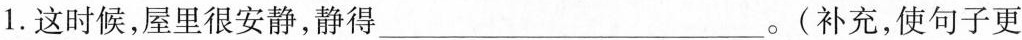
1.这时候，屋里很安静，静得___。(补充，使句子更